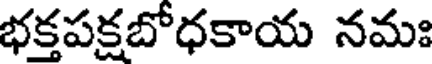
భక్తపక్షబోధకాయ నమః